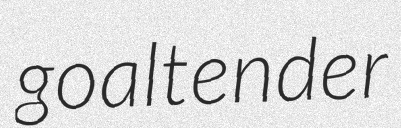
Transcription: goaltender